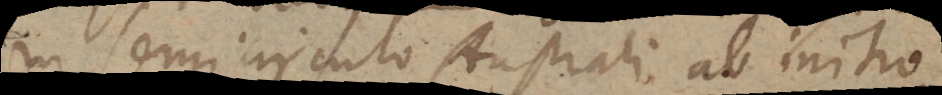
in semicirculo Australi ab initio